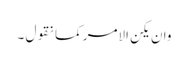
وان یکن الامر کما نقول ۔